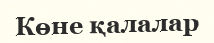
Көне қалалар